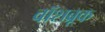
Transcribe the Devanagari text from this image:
वॉशब्रूक